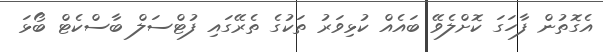
އެގޮތުން ފާހަގަ ކޮށްލެވޭ ބައެއް ކުޅިވަރު ތަކުގެ ތެރޭގައި ފުޓްސަލް ބާސްކެޓް ބޯޅަ